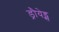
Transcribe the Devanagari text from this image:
ड्रौयेड्स